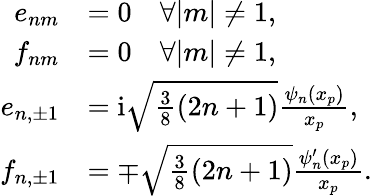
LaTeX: \begin{array}{rl}{e_{nm}}&{=0\quad\forall|m|\neq 1,}\\ {f_{nm}}&{=0\quad\forall|m|\neq 1,}\\ {e_{n,\pm 1}}&{=\mathrm{i}\sqrt{\frac{3}{8}(2n+1)}\frac{\psi_{n}(x_{p})}{x_{p}},}\\ {f_{n,\pm 1}}&{=\mp\sqrt{\frac{3}{8}(2n+1)}\frac{\psi_{n}^{\prime}(x_{p})}{x_{p}}.}\end{array}